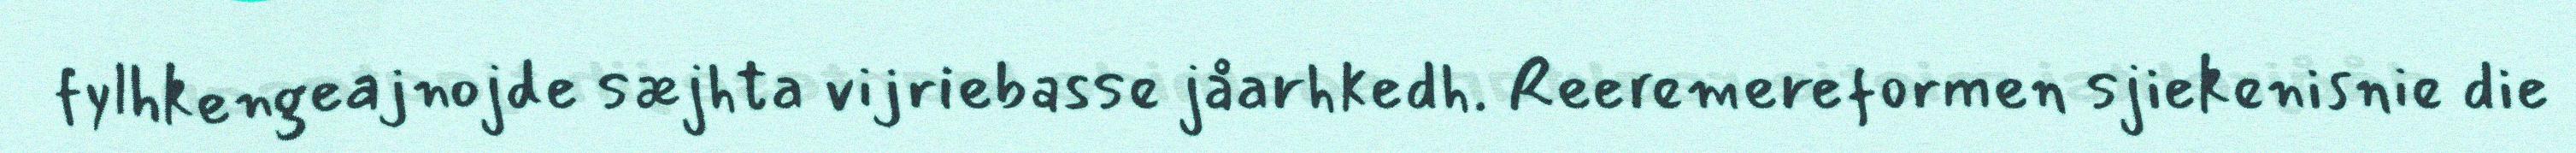
fylhkengeajnojde sæjhta vijriebasse jåarhkedh. Reeremereformen sjiekenisnie die